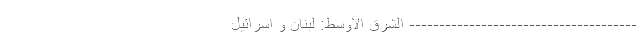
-------------------------------------- الشرق الاوسط: لبنان و اسرائیل